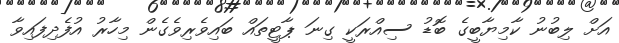
އަށް ލިބުނު ކާމިޔާބީގެ ބޮޑު ސިއްރަކީ ގިނަ ޕާޓީތައް ބައިވެރިވެގެން މިހާރު އުފެދިފައިވާ